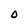
Character: O